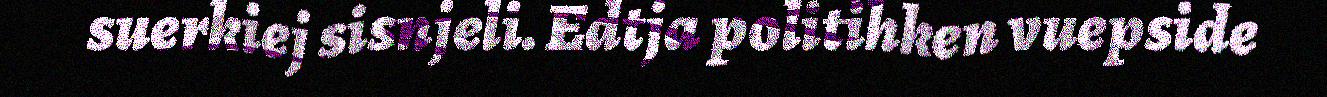
suerkiej sisnjeli. Edtja politihken vuepside